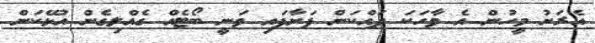
އެރަށު މީހުން އެ ވާހަކަ ދައްކަން ފަށާފައި ވަނީ ބޯޓެއް ގެއްލިގެން އުޅޭކަން